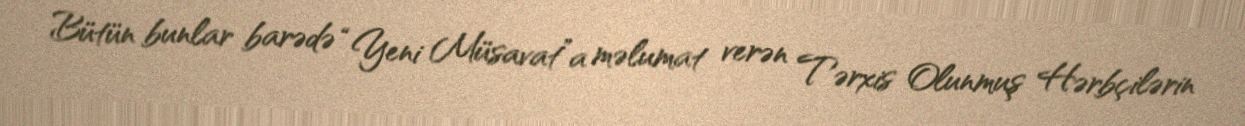
Bütün bunlar barədə “Yeni Müsavat”a məlumat verən Tərxis Olunmuş Hərbçilərin